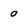
Character: 0